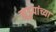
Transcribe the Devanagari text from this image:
झुडुपांच्या